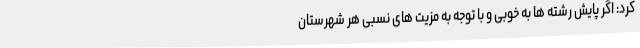
کرد: اگر پایش رشته ها به خوبی و با توجه به مزیت های نسبی هر شهرستان